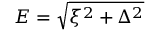
E = \sqrt { \xi ^ { 2 } + \Delta ^ { 2 } }